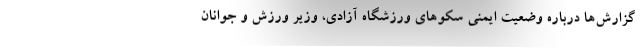
گزارش‌ها درباره وضعیت ایمنی سکوهای ورزشگاه آزادی، وزیر ورزش و جوانان